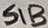
Text: S1B